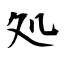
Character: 処